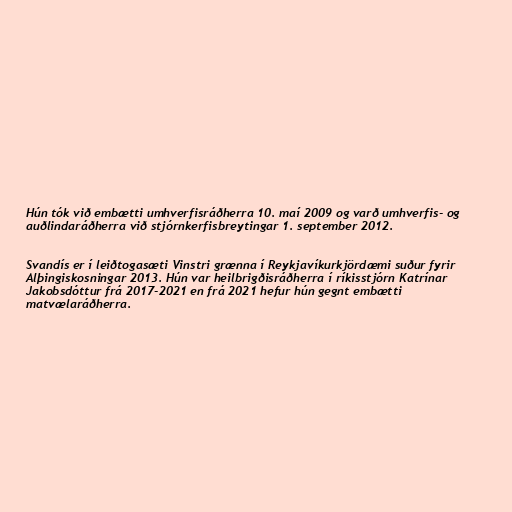
Hún tók við embætti umhverfisráðherra 10. maí 2009 og varð umhverfis- og
auðlindaráðherra við stjórnkerfisbreytingar 1. september 2012.

Svandís er í leiðtogasæti Vinstri grænna í Reykjavíkurkjördæmi suður fyrir
Alþingiskosningar 2013. Hún var heilbrigðisráðherra í ríkisstjórn Katrínar
Jakobsdóttur frá 2017-2021 en frá 2021 hefur hún gegnt embætti
matvælaráðherra.